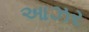
આઝર